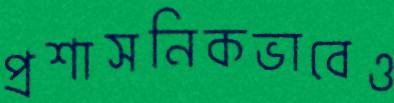
প্রশাসনিকভাবেও